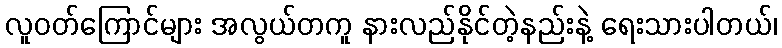
လူဝတ်ကြောင်များ အလွယ်တကူ နားလည်နိုင်တဲ့နည်းနဲ့ ရေးသားပါတယ်၊